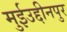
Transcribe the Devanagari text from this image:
मुईउद्दीनपुर